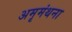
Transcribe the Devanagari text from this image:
अमृमंथना